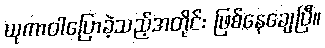
ယုကာဝါပြောခဲ့သည့်အတိုင်း ဖြစ်နေချေပြီ။